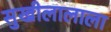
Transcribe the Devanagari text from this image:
सुखीलालाला